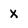
Character: X